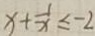
x + \frac { 1 } { x } \leq - 2